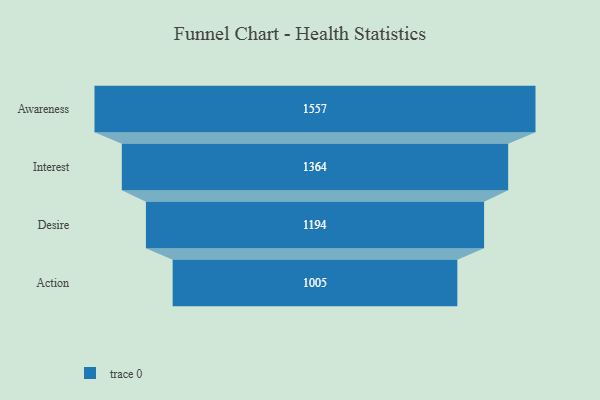
{"axis": {"x": "Stage", "y": "Value"}, "legend": [""], "data": [{"x": "Awareness", "y": 1557.0, "type": ""}, {"x": "Interest", "y": 1364.0, "type": ""}, {"x": "Desire", "y": 1194.0, "type": ""}, {"x": "Action", "y": 1005.0, "type": ""}]}